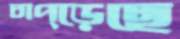
চাপ্‌ড়েছে